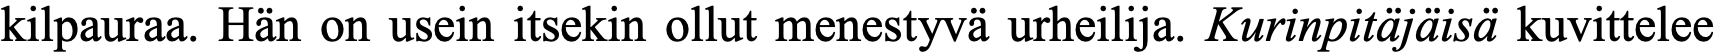
kilpauraa. Hän on usein itsekin ollut menestyvä urheilija. Kurinpitäjäisä kuvittelee